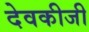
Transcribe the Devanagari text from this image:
देवकीजी